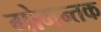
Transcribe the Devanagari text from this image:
गोमन्तक